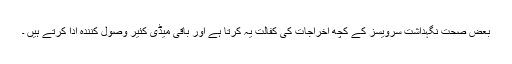
بعض صحت نگہداشت سرویسز کے کچھ اخراجات کی کفالت یہ کرتا ہے اور باقی میڈی کئیر وصول کنندہ ادا کرتے ہیں ۔